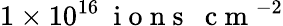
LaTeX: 1\times 10^{16}~\mathrm{~i~o~n~s~}~\mathrm{~c~m~}^{-2}